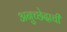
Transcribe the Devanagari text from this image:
अनुच्छेदाची